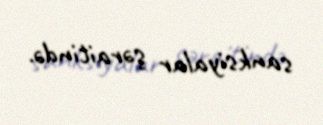
sanksiyalar şəraitində.